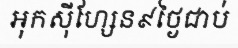
អុកស៊ីហ្សែន៩ថ្ងៃជាប់